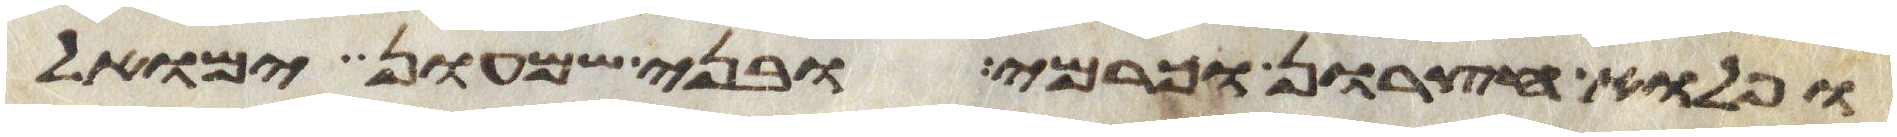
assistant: ופלוא חצרון וכרמי ובני שמעון ימואל